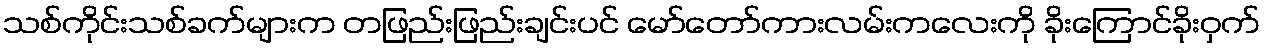
သစ်ကိုင်းသစ်ခက်များက တဖြည်းဖြည်းချင်းပင် မော်တော်ကားလမ်းကလေးကို ခိုးကြောင်ခိုးဝှက်